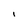
Character: I